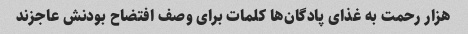
هزار رحمت به غذای پادگان‌ها کلمات برای وصف افتضاح بودنش عاجزند